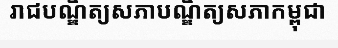
រាជបណ្ឌិត្យសភាបណ្ឌិត្យសភាកម្ពុជា